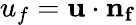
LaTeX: u_{f}=\mathbf{u}\cdot\mathbf{n_{f}}